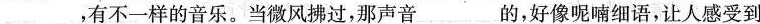
___，有不一样的音乐。当微风拂过，那声音___的，好像呢喃细语，让人感受到